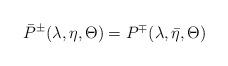
LaTeX: \begin{align*}\bar{P}^{\pm }(\lambda ,\eta ,\Theta )=P^{\mp }(\lambda ,\bar{\eta },\Theta )\end{align*}